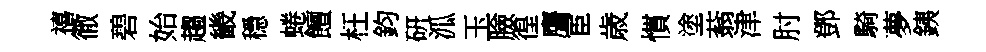
禧徹碧始趨畿穩蜷饘枉鈞硏泒玉臉徨譍宦歳慣塗蓊津肘鄧騎夢銕